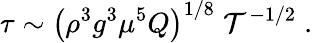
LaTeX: \tau\sim\left(\rho^{3}g^{3}\mu^{5}Q\right)^{1/8}\; \mathcal{T}^{-1/2}\; .